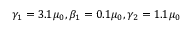
\gamma _ { 1 } = 3 . 1 \mu _ { 0 } , \beta _ { 1 } = 0 . 1 \mu _ { 0 } , \gamma _ { 2 } = 1 . 1 \mu _ { 0 }